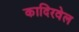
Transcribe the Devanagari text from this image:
कादिरवेल